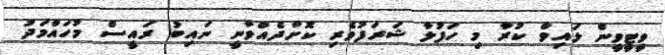
ވީޓީވީން ލައިވް ކުރާ މި ހަފުލާ ޝަރަފުވެރި ކޮށްދެއްވާނީ ނައިބު ރައީސް މުހައްމަދު